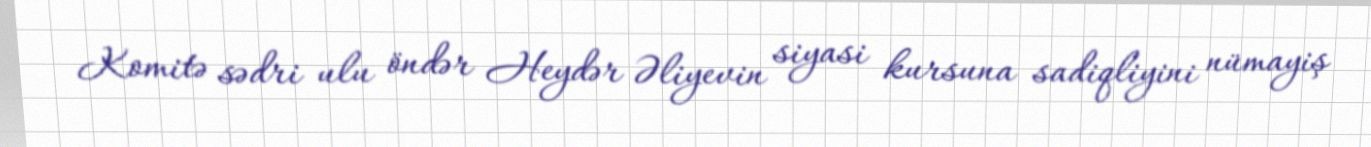
Komitə sədri ulu öndər Heydər Əliyevin siyasi kursuna sadiqliyini nümayiş